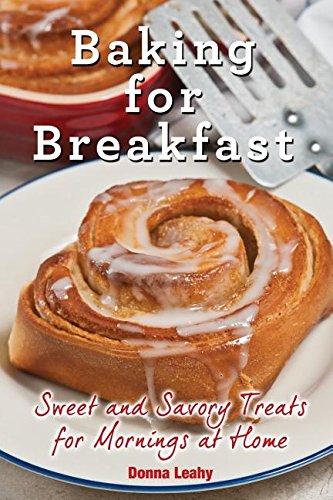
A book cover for Baking for Breakfast: Sweet and Savory Treats for Mornings at Home: A Chef's Guide to Breakfast with Over 130 Delicious, Easy-to-Follow Recipes for Donuts, Muffins and More; Donna Leahy; Cookbooks, Food & Wine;